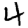
Digit: 4